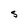
Character: S